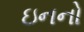
ઇનનો